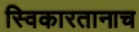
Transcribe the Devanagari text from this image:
स्विकारतानाच